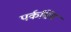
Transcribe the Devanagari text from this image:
पर्कसिव